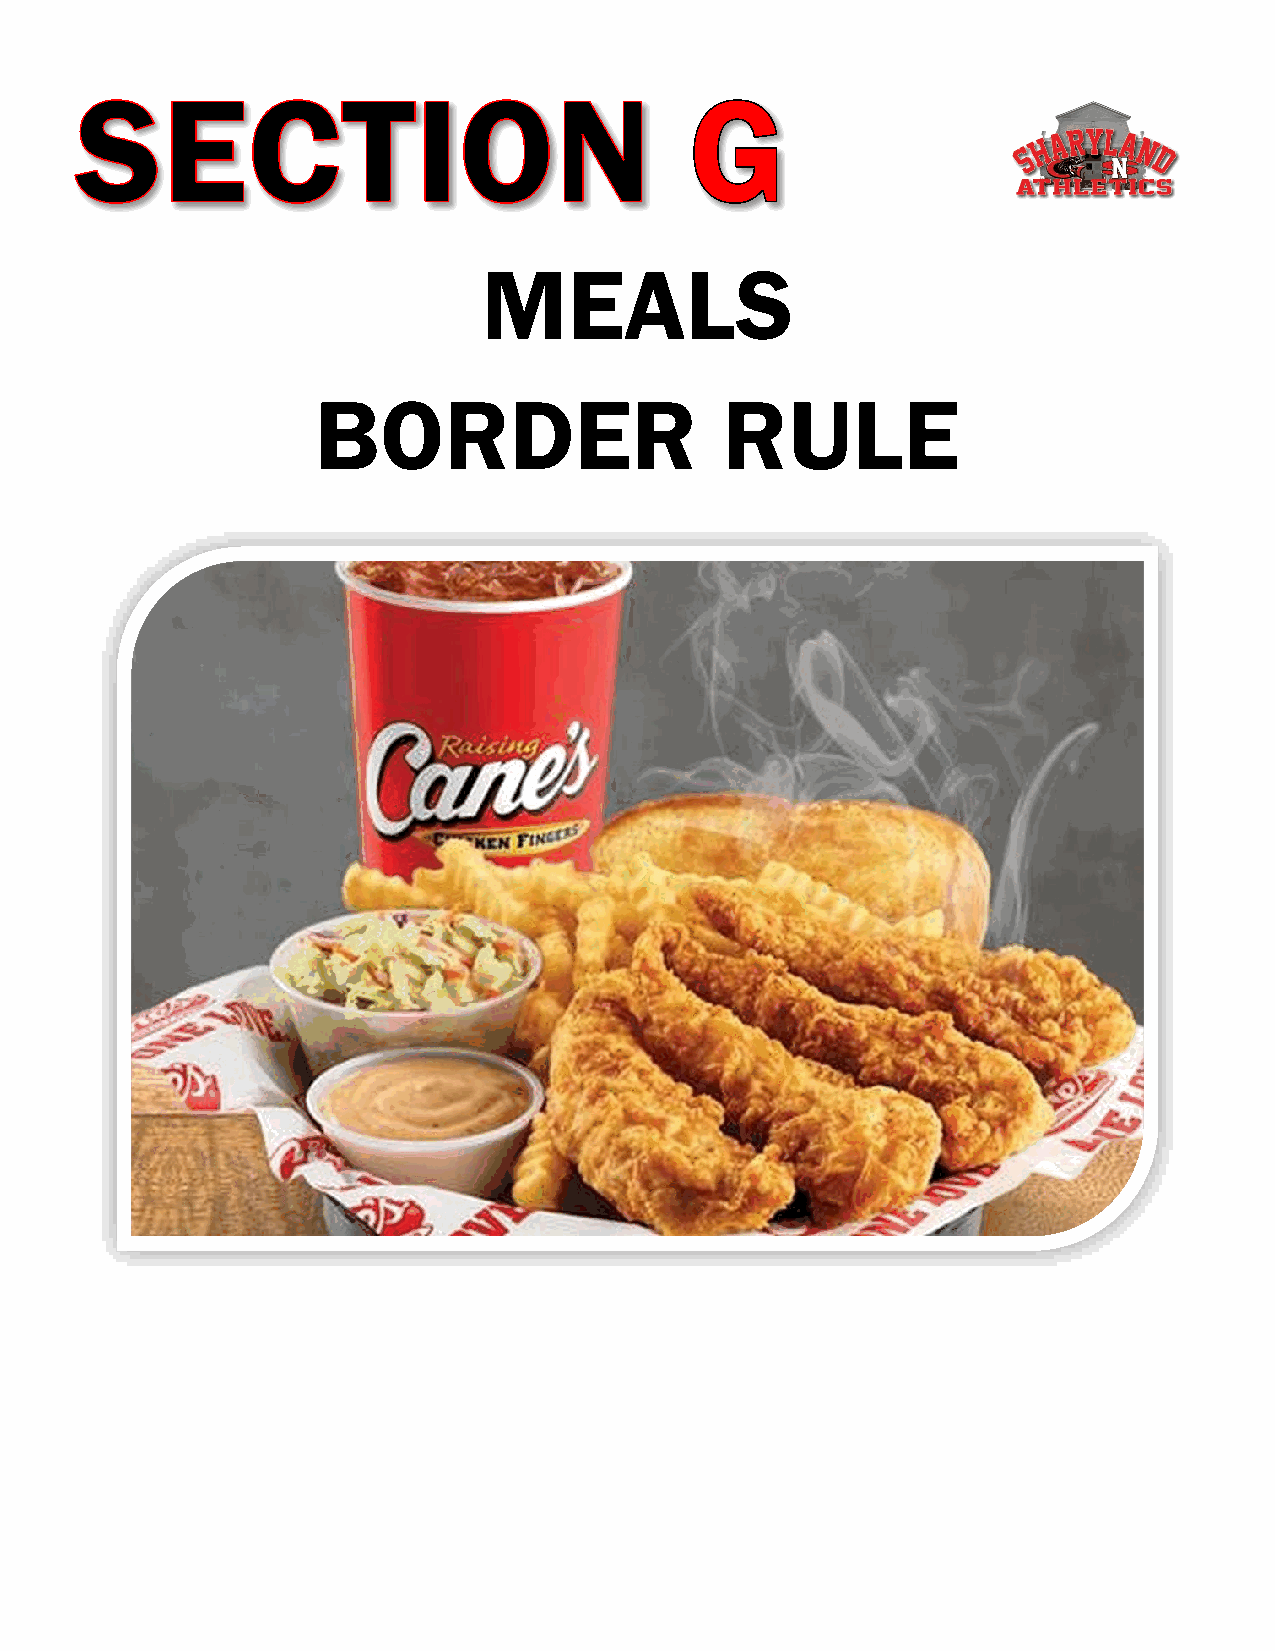
MEALS
 BORDER                     RULE